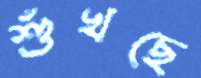
শুঁখছে